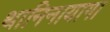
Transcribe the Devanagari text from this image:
थानिनायागा